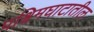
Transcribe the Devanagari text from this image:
पश्चिमघाटातील